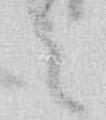
々